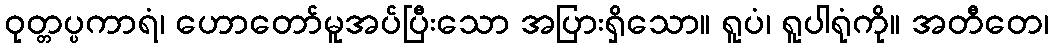
ဝုတ္တပ္ပကာရံ၊ ဟောတော်မူအပ်ပြီးသော အပြားရှိသော။ ရူပံ၊ ရူပါရုံကို။ အတီတေ၊